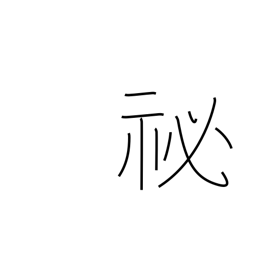
Meaning: abstruse